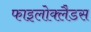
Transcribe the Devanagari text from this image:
फाइलोक्लैडस